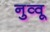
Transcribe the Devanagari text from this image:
नुव्वू